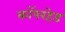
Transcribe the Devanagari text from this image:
कॉपरहेड